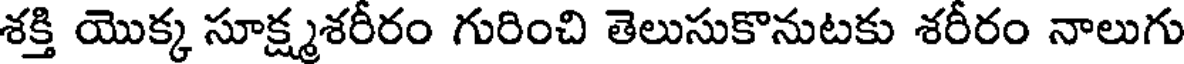
శక్తి యొక్క సూక్ష్మశరీరం గురించి తెలుసుకొనుటకు శరీరం నాలుగు